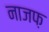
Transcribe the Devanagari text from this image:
नाजफ़